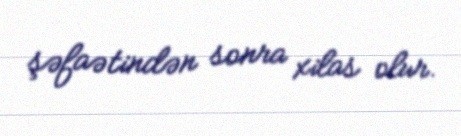
şəfaətindən sonra xilas olur.